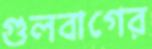
গুলবাগের